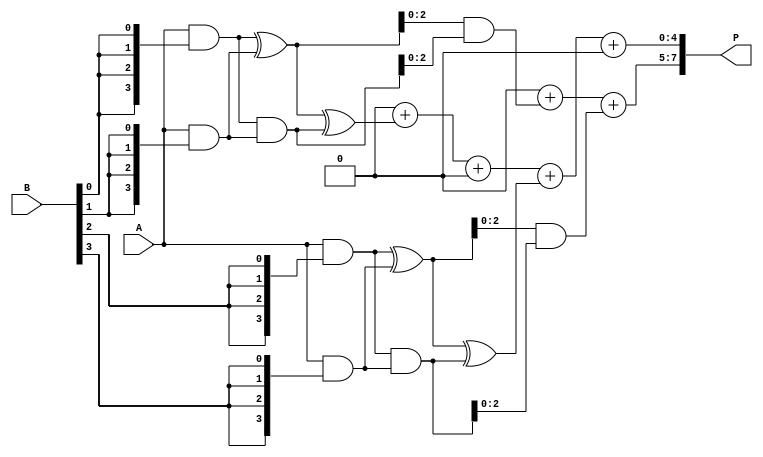
module wallace_tree_multiplier #(parameter N = 4) (
    input [N-1:0] A,
    input [N-1:0] B,
    output reg [2*N-1:0] P
);

    // Generate partial products
    reg [N-1:0] partial_products [0:N-1];
    integer i;

    // Generate the partial products
    always @(*) begin
        for (i = 0; i < N; i = i + 1) begin
            partial_products[i] = A & {N{B[i]}};
        end
    end

    // Reduction of Partial Products - Level 1 Reduction
    wire [N:0] sum_level1 [0:N/2-1];
    wire [N-1:0] carry_level1 [0:N/2-1];
    
    generate
    genvar j;
    for (j = 0; j < N/2; j = j + 1) begin : level1
        assign sum_level1[j] = partial_products[2*j] ^ partial_products[2*j+1];
        assign carry_level1[j] = partial_products[2*j] & partial_products[2*j+1];
    end
    endgenerate

    // If N is odd, propagate the last partial product
    wire [N-1:0] final_level1;
    assign final_level1 = (N % 2 == 1) ? partial_products[N-1] : 0;

    // Level 2 Reduction
    wire [N:0] sum_level2 [0:(N+1)/2-1];
    wire [N-1:0] carry_level2 [0:(N+1)/2-1];
    
    generate
    for (j = 0; j < (N+1)/2; j = j + 1) begin : level2
        assign sum_level2[j] = sum_level1[j] ^ carry_level1[j];
        assign carry_level2[j] = sum_level1[j] & carry_level1[j];
    end
    endgenerate

    // Final Level Reduction
    reg [N:0] final_sum;
    reg [N-1:0] final_carry;

    always @(*) begin
        final_sum = 0;
        final_carry = 0;

        // Adding remaining bits
        for (i = 0; i < (N+1)/2; i = i + 1) begin
            final_sum = final_sum + {1'b0, sum_level2[i]} + {1'b0, final_level1};
            final_carry = final_carry + carry_level2[i];
        end
    end

    // Final product assignment
    always @(*) begin
        P = {final_carry, final_sum};
    end
endmodule